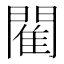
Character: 閵